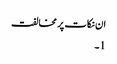
ان نکات پر مخالفت
1۔